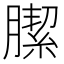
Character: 䐼